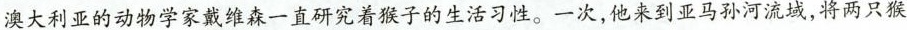
澳大利亚的动物学家戴维森一直研究着猴子的生活习性。一次，他来到亚马孙河流域，将两只猴